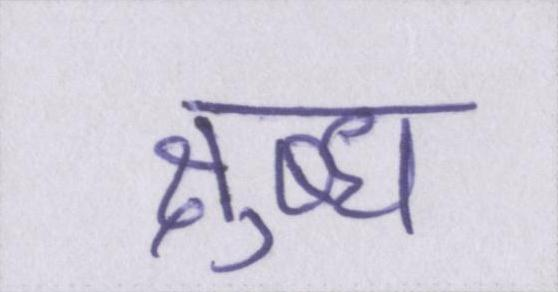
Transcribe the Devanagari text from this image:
क्षुब्ध